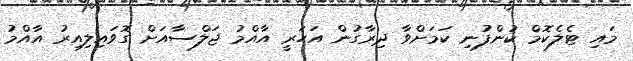
މައި ޓެލެކޮމް ކުންފުނި ކަމަށްވާ ދިރާގުން އަހަރީ އާއްމު ޖަލްސާއަށް ގޮވައިލިއިރު އާއްމު